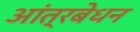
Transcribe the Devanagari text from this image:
आंत्रबेधन